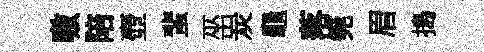
嗷陪壺蜚巫炭龜落筦眉搗